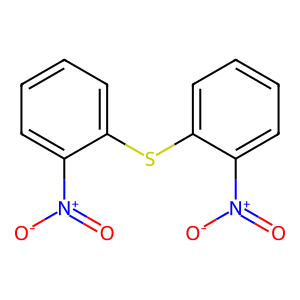
SMILES: O=[N+]([O-])c1ccccc1Sc1ccccc1[N+](=O)[O-]
Inhibits HIV replication: Yes